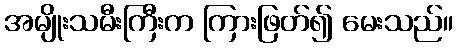
အမျိုးသမီးကြီးက ကြားဖြတ်၍ မေးသည်။